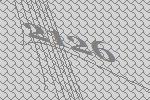
2126